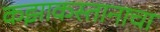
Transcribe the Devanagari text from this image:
कझाकस्तानाचा